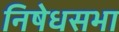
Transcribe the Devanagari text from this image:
निषेधसभा